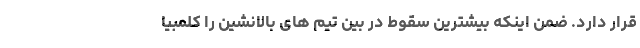
قرار دارد. ضمن اینکه بیشترین سقوط در بین تیم های بالانشین را کلمبیا